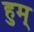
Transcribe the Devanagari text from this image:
हुम्